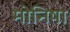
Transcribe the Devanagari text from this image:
मोनिषा